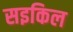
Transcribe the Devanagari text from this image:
सइकिल